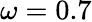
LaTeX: \omega=0.7